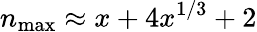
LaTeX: n_{\mathrm{max}}\approx x+4x^{1/3}+2